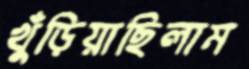
খুঁড়িয়াছিলাম